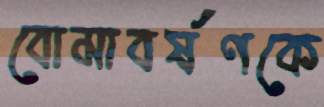
বোমাবর্ষণকে